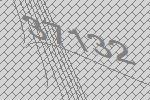
37132